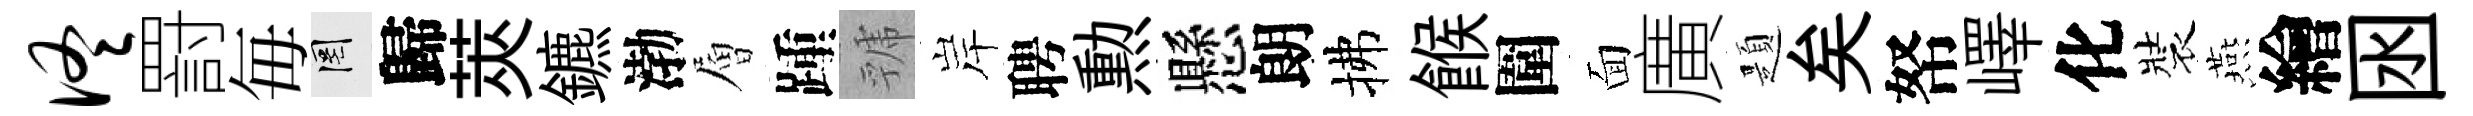
佟罸毎罔歸莢鑣渤層踵虢岸聘勲懸朗拂餱圍面廣題矣帑嶧化裝燕繪囦